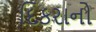
દિકરાનો